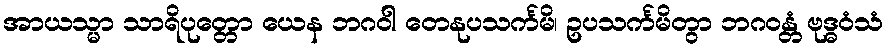
အာယသ္မာ သာရိပုတ္တော ယေန ဘဂဝါ တေနုပသင်္ကမိ၊ ဥပသင်္ကမိတွာ ဘဂဝန္တံ ဗုဒ္ဓဝံသံ